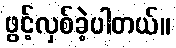
ဖွင့်လှစ်ခဲ့ပါတယ်။